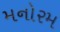
મનોરમ